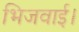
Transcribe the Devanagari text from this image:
भिजवाई।